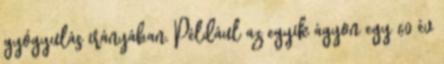
gyógyulás irányában. Például az egyik ágyon egy 60 év